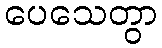
ပေသေတွာ